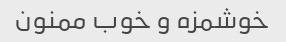
خوشمزه و خوب ممنون